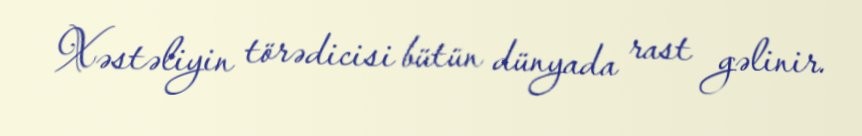
Xəstəliyin törədicisi bütün dünyada rast gəlinir.